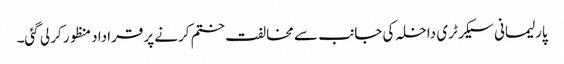
پارلیمانی سیکرٹری داخلہ کی جانب سے مخالفت ختم کرنے پر قراداد منظور کر لی گئی۔